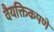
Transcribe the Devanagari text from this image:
वैयक्तिकपणे